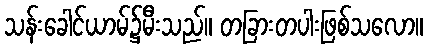
သန်းခေါင်ယာမ်၌မီးသည်။ တခြားတပါးဖြစ်သလော။